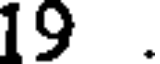
19 .